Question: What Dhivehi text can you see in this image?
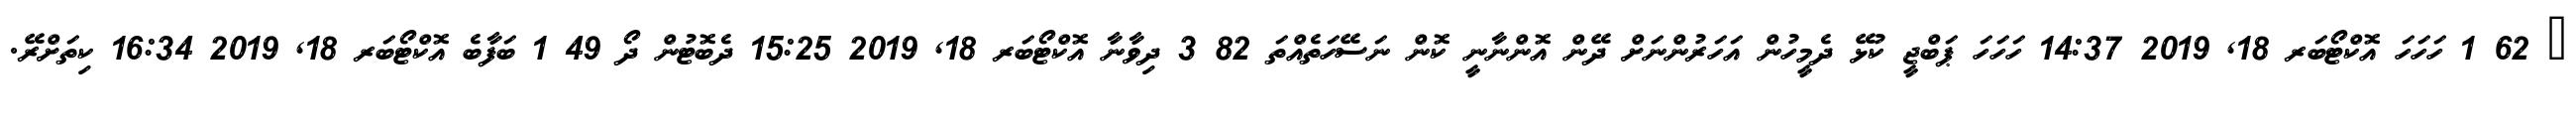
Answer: ? 62 1 ހަހަހަ އޮކްޓޯބަރ 18, 2019 14:37 ހަހަހަ ޕަބްޖީ ކުޅޭ ދެމީހުން އަހަރުންނަށް ދޭން އޮންނާނީ ކޮން ނަސޭހަތެއްތަ 82 3 ދިވާނާ އޮކްޓޯބަރ 18, 2019 15:25 ދެބޮޓުން ދޯ 49 1 ބަފާބެ އޮކްޓޯބަރ 18, 2019 16:34 ކިތަށްރޭ.